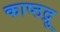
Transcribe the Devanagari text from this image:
काष्ठद्रु